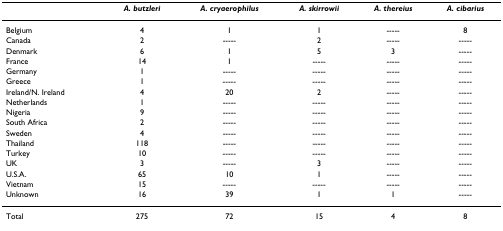
|  | A. butzleri | A. cryaerophilus | A. skirrowii | A. thereius | A. cibarius |
 | --- | --- | --- | --- | --- | --- |
 | Belgium | 4 | 1 | 1 | ----- | 8 |
 | Canada | 2 | ----- | 2 | ----- | ----- |
 | Denmark | 6 | 1 | 5 | 3 | ----- |
 | France | 14 | 1 | ----- | ----- | ----- |
 | Germany | 1 | ----- | ----- | ----- | ----- |
 | Greece | 1 | ----- | ----- | ----- | ----- |
 | Ireland/N. Ireland | 4 | 20 | 2 | ----- | ----- |
 | Netherlands | 1 | ----- | ----- | ----- | ----- |
 | Nigeria | 9 | ----- | ----- | ----- | ----- |
 | South Africa | 2 | ----- | ----- | ----- | ----- |
 | Sweden | 4 | ----- | ----- | ----- | ----- |
 | Thailand | 118 | ----- | ----- | ----- | ----- |
 | Turkey | 10 | ----- | ----- | ----- | ----- |
 | UK | 3 | ----- | 3 | ----- | ----- |
 | U.S.A. | 65 | 10 | 1 | ----- | ----- |
 | Vietnam | 15 | ----- | ----- | ----- | ----- |
 | Unknown | 16 | 39 | 1 | 1 | ----- |
 | Total | 275 | 72 | 15 | 4 | 8 |